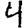
Digit: 4